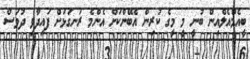
ބީއެމްއެލްއިން ބުނީ މީ މީގެ ކުރިން އެބޭންކަށް އެންމެ ރަނގަޅަށް ފައިދާވި ދުވަސް